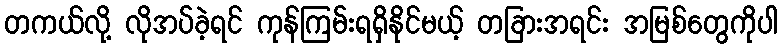
တကယ်လို့ လိုအပ်ခဲ့ရင် ကုန်ကြမ်းရရှိနိုင်မယ့် တခြားအရင်း အမြစ်တွေကိုပါ